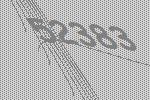
52383